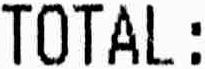
TOTAL: